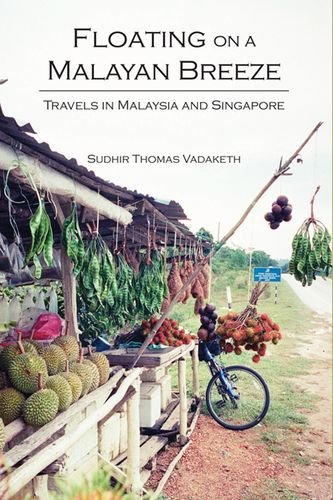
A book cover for Floating on a Malayan Breeze: Travels in Malaysia and Singapore; Sudhir Vadaketh; Travel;